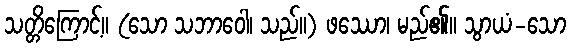
သတ္တိကြောင့်။ (သော သဘာဝေါ၊ သည်။) ဖဿော၊ မည်၏။ သွာယံ-သော